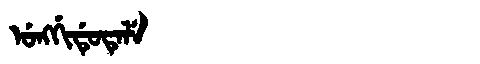
Manchu: ᡠᠩᡤᡳᡩᡠᡨᡝᠯᡝ
Romanization: UNGGIDUTELE